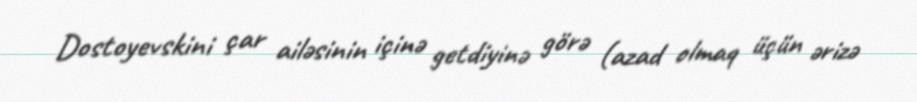
Dostoyevskini çar ailəsinin içinə getdiyinə görə (azad olmaq üçün ərizə